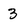
Character: 3